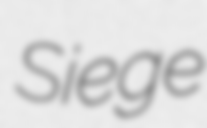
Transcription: Siege